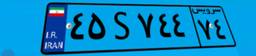
۴۵S۷۴۴۷۴